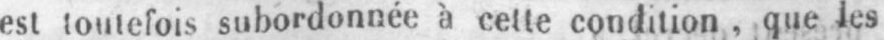
est toutefois subordonnée à cette condition, que les